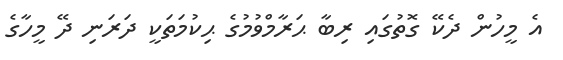
އެ މީހުން ދެކޭ ގޮތުގައި ރިބާ ޙަރާމްވުމުގެ ޙިކުމަތަކީ ދަރަނި ދޭ މީހާގެ